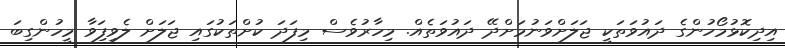
އިދިކޮޅުމޯހުންގެ ދައުވަތަކީ ޖަލަށްވަނުމަށްދޭ ދައުވަތެއް. މިހާރުވެސް މިފަދަ ކުށްތަކުގައި ޖަލަށް ލެވިފަިވާ މީހުންގިބަ